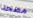
مصحة